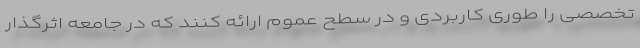
تخصصی را طوری کاربردی و در سطح عموم ارائه کنند که در جامعه اثرگذار